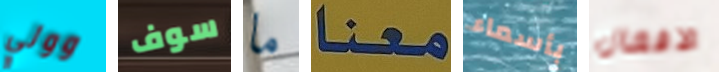
وولي سوف ما معنا بأسماء الافعال